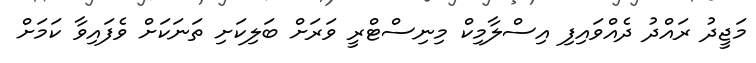
މަޖީދު ރައްދު ދެއްވައިފި އިސްލާމިކް މިނިސްޓްރީ ވަރަށް ބަލިކަށި ތަނަކަށް ވެފައިވާ ކަމަށް